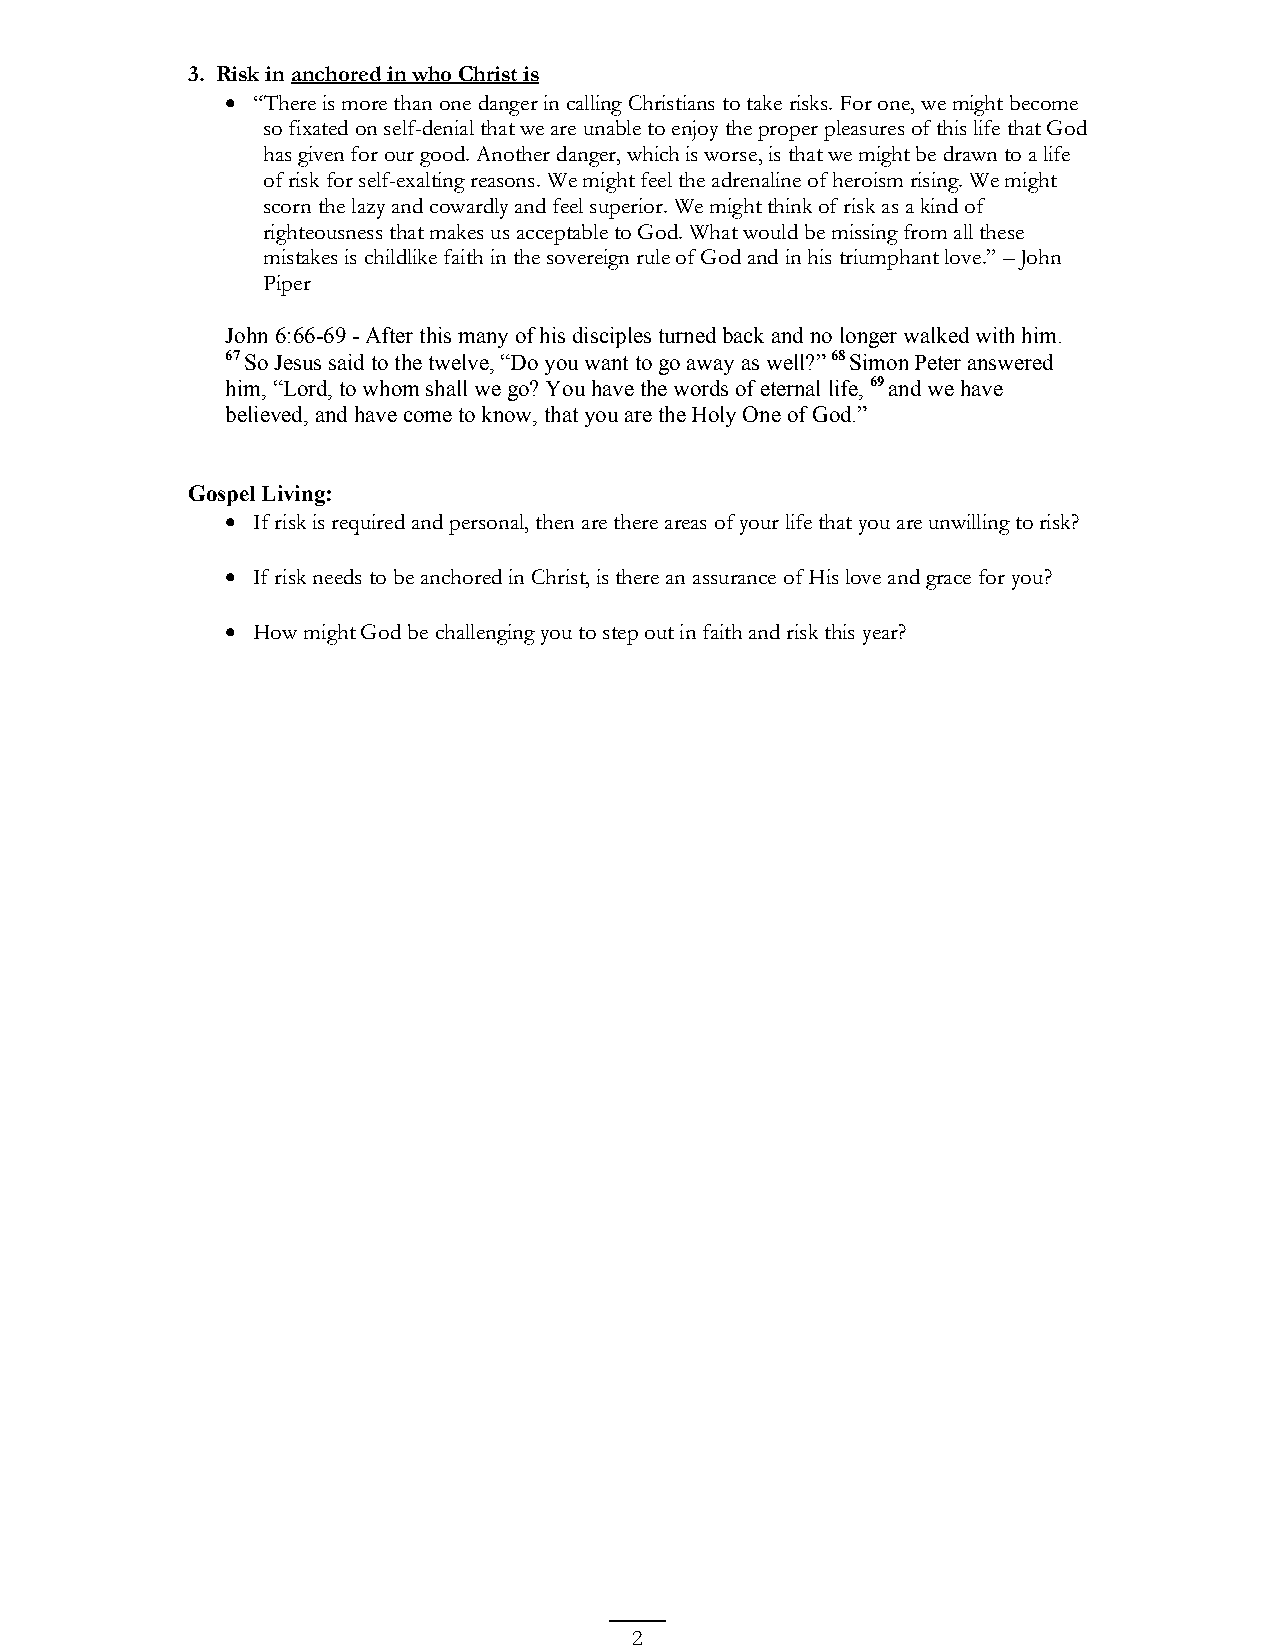
3. Risk in anchored in who Christ is
 • “There is more than one danger in calling Christians to take risks. For one, we might become
 so fixated on self-denial that we are unable to enjoy the proper pleasures of this life that God
 has given for our good. Another danger, which is worse, is that we might be drawn to a life
 of risk for self-exalting reasons. We might feel the adrenaline of heroism rising. We might
 scorn the lazy and cowardly and feel superior. We might think of risk as a kind of
 righteousness that makes us acceptable to God. What would be missing from all these
 mistakes is childlike faith in the sovereign rule of God and in his triumphant love.” – John
 Piper
 John 6:66-69 - After this many of his disciples turned back and no longer walked with him.
 67 So Jesus said to the twelve, “Do you want to go away as well?” 68 Simon Peter answered
 him, “Lord, to whom shall we go? You have the words of eternal life, 69 and we have
 believed, and have come to know, that you are the Holy One of God.”
 Gospel Living:
 • If risk is required and personal, then are there areas of your life that you are unwilling to risk?
 • If risk needs to be anchored in Christ, is there an assurance of His love and grace for you?
 • How might God be challenging you to step out in faith and risk this year?
 2